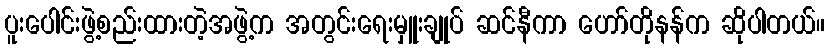
ပူးပေါင်းဖွဲ့စည်းထားတဲ့အဖွဲ့က အတွင်းရေးမှူးချုပ် ဆင်နီကာ ဟော်တိုနန်က ဆိုပါတယ်။